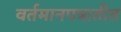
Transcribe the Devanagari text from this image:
वर्तमानपत्रातीत